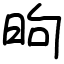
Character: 昫